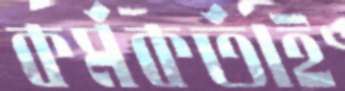
কর্মকর্তাই